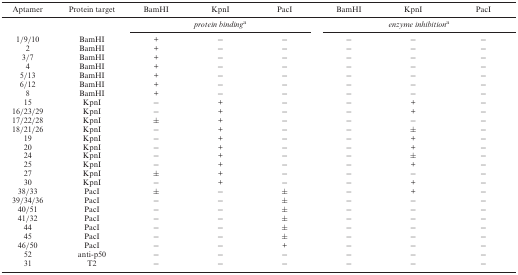
| Aptamer | Protein target | BamHI | KpnI | PacI | BamHI | KpnI | PacI |
 | --- | --- | --- | --- | --- | --- | --- | --- |
 |  |  | <COLSPAN=3> protein bindinga | <COLSPAN=3> enzyme inhibitiona |
 | 1/9/10 | BamHI | + | − | − | − | − | − |
 | 2 | BamHI | + | − | − | − | − | − |
 | 3/7 | BamHI | + | − | − | − | − | − |
 | 4 | BamHI | + | − | − | − | − | − |
 | 5/13 | BamHI | + | − | − | − | − | − |
 | 6/12 | BamHI | + | − | − | − | − | − |
 | 8 | BamHI | + | − | − | − | − | − |
 | 15 | KpnI | − | + | − | − | + | − |
 | 16/23/29 | KpnI | − | + | − | − | + | − |
 | 17/22/28 | KpnI | ± | + | − | − | − | − |
 | 18/21/26 | KpnI | − | + | − | − | ± | − |
 | 19 | KpnI | − | + | − | − | + | − |
 | 20 | KpnI | − | + | − | − | + | − |
 | 24 | KpnI | − | + | − | − | ± | − |
 | 25 | KpnI | − | + | − | − | + | − |
 | 27 | KpnI | ± | + | − | − | − | − |
 | 30 | KpnI | − | + | − | − | + | − |
 | 38/33 | PacI | ± | − | ± | − | + | − |
 | 39/34/36 | PacI | − | − | ± | − | − | − |
 | 40/51 | PacI | − | − | ± | − | − | − |
 | 41/32 | PacI | − | − | ± | − | − | − |
 | 44 | PacI | − | − | ± | − | − | − |
 | 45 | PacI | − | − | ± | − | − | − |
 | 46/50 | PacI | − | − | + | − | − | − |
 | 52 | anti-p50 | − | − | − | − | − | − |
 | 31 | T2 | − | − | − | − | − | − |